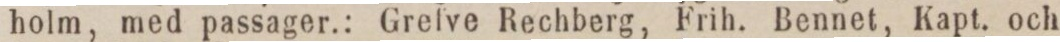
holm, med passager.: Grefve Rechberg, Frih. Bennet, Kapt. och